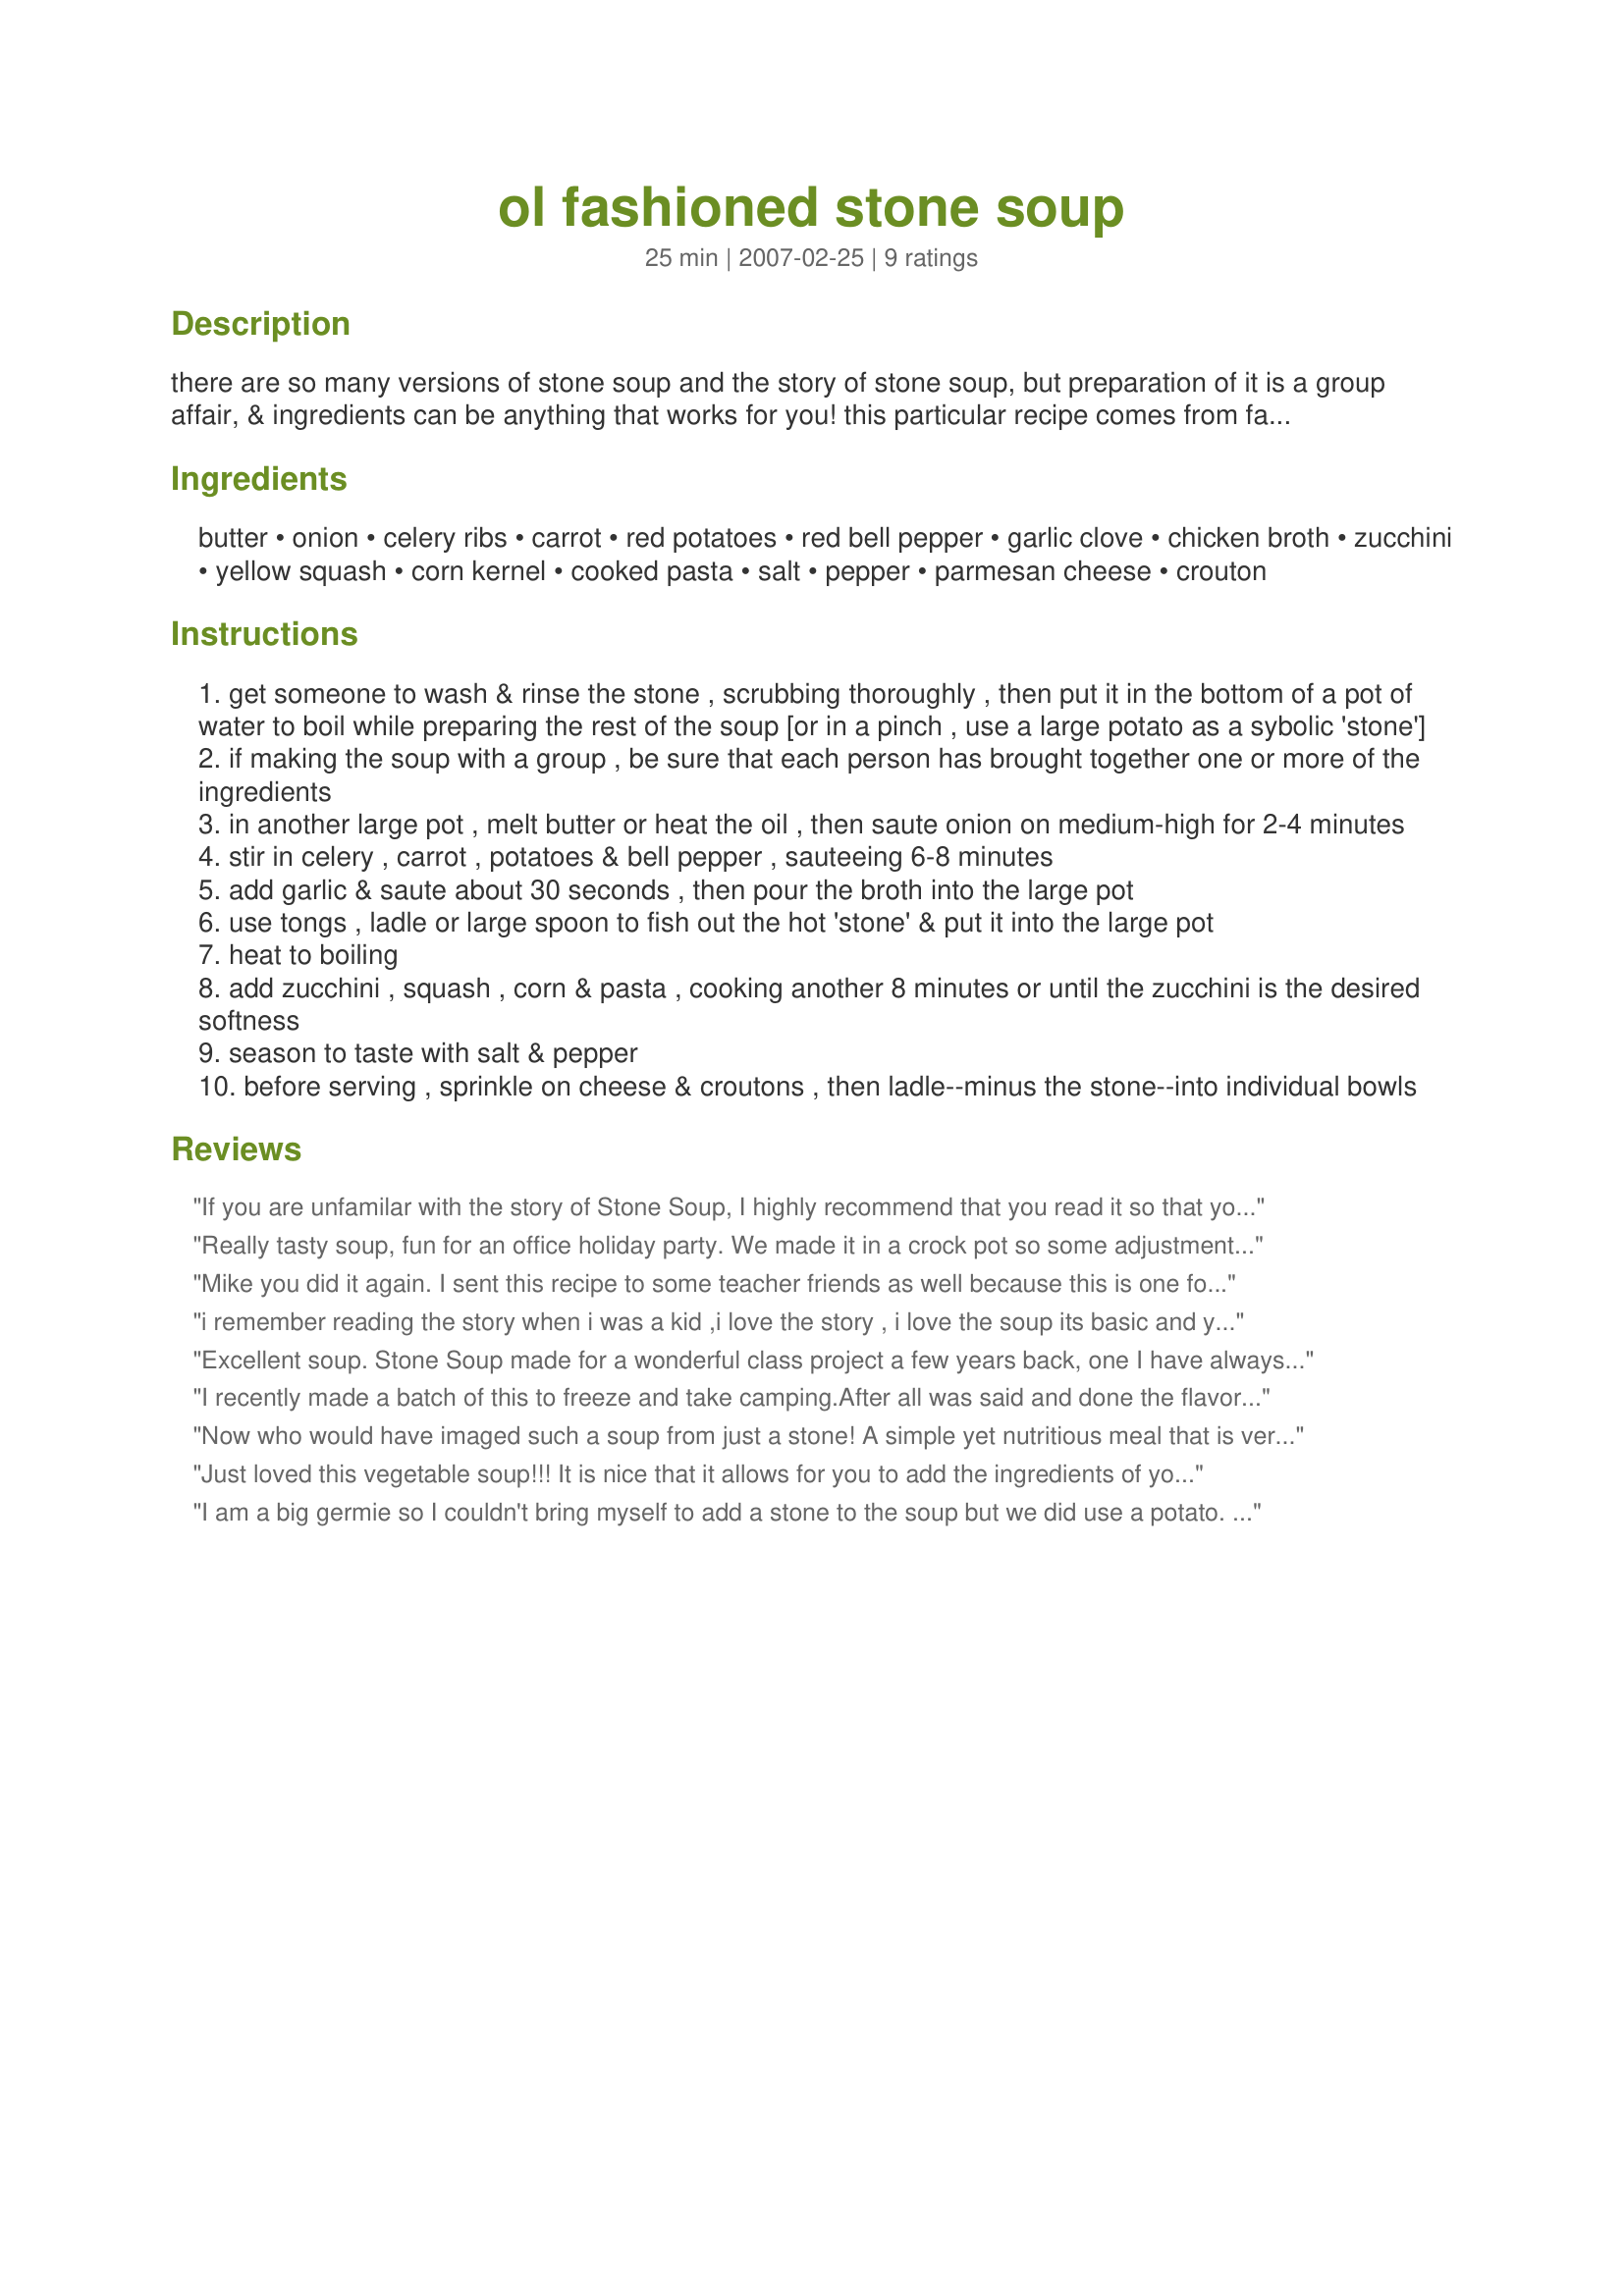
ol fashioned stone soup
Preparation time: 25 minutes

there are so many versions of stone soup and the story of stone soup, but preparation of it is a group affair, & ingredients can be anything that works for you! this particular recipe comes from familyfun.go.com, & it's a great group activity. two versions of the story can be found online, one at http://stonesoup.esd.ornl.gov & another one at www.thatsmyhome.com . reading the story to the group is part of it all! the first ingredient--which i'm unable to list properly--should be "1 large stone, preferrably quartz, because it won't break down during cooking."

Ingredients:
butter, onion, celery ribs, carrot, red potatoes, red bell pepper, garlic clove, chicken broth, zucchini, yellow squash, corn kernel, cooked pasta, salt, pepper, parmesan cheese, crouton

Steps:
get someone to wash & rinse the stone , scrubbing thoroughly , then put it in the bottom of a pot of water to boil while preparing the rest of the soup [or in a pinch , use a large potato as a sybolic 'stone']
if making the soup with a group , be sure that each person has brought together one or more of the ingredients
in another large pot , melt butter or heat the oil , then saute onion on medium-high for 2-4 minutes
stir in celery , carrot , potatoes & bell pepper , sauteeing 6-8 minutes
add garlic & saute about 30 seconds , then pour the broth into the large pot
use tongs , ladle or large spoon to fish out the hot 'stone' & put it into the large pot
heat to boiling
add zucchini , squash , corn & pasta , cooking another 8 minutes or until the zucchini is the desired softness
season to taste with salt & pepper
before serving , sprinkle on cheese & croutons , then ladle--minus the stone--into individual bowls

Reviews:
If you are unfamilar with the story of Stone Soup, I highly recommend that you read it so that you have a better understanding of the recipe. My coworkers and I made this for lunch today and it was a huge hit. I had roasted a chicken yesterday and had some leftovers so that got tossed into the pot as well along with juice from one lemon. Other than that we followed the recipe as is -- including the stone. This is a fabulous way to share food among family, friends and coworkers. It gets everyone involved and gives new meaning to "sharing".
Really tasty soup, fun for an office holiday party. We made it in a crock pot so some adjustments were required to saute some ingredients before adding to the cooker. We used vegetable broth to have a veggie option, but it would be great with chicken broth. Thanks!
Mike you did it again. I sent this recipe to some teacher friends as well because this is one fo the stories we read during Read Across America. Wonderful and fun to make. I did not use the stone but a large russet tater in it's place. They had some fantastic veggies at the market this week so my zuchinni and squash were perfect. Use wheat linguini pasta broken into approx. 2 in pieces instead of egg noodles. I bet this would be great with spinach noodles as well.
i remember reading the story when i was a kid ,i love the story , i love the soup its basic and you can use what you have , good tasting soup for being made with just a stone .
Excellent soup. Stone Soup made for a wonderful class project a few years back, one I have always wanted to make a home project. With the making of your recipe - the soup and 'the story' I suspect now a 'tradition in the making' at our house. Went with a potato for the symbolic stone and made as posted, the end result was soup that we enjoyed. Think the addition of chicken or turkey as previous reviewers added would work well with this recipe as would rice - making for a good many variations for this old fashioned soup. To round out the meal made Chef TotalFark's corn meal muffins using Recipe#203214. Thank you for sharing both the story and the recipe Sydney Mike!
I recently made a batch of this to freeze and take camping.After all was said and done the flavor of the soup was great but I over cooked the squash and the noodles.So next time I make this I will partially cook the pasta and vegetables before freezing.But it had great taste and I want to make it again.To my surprise the people next to us at the campsite had this for lunch and said it was great also...
Now who would have imaged such a soup from just a stone! A simple yet nutritious meal that is very tasty. I made two very minor changes in that I left out the croutons and added a little fresh rosemary as per the story there was a little in the house. Thanks for the tasty memory of a story I always enjoyed and can now remember often thanks to this tasty soup.
Just loved this vegetable soup!!! It is nice that it allows for you to add the ingredients of your choice, which I did, by adding in diced tomatoes and green beans, and left out red bell pepper, zucchini and squash. I too used the potato in place of the stone. The combination of vegetables/juices, makes this so flavorful. Thanks for sharing. Made for PRMR.
I am a big germie so I couldn't bring myself to add a stone to the soup but we did use a potato. I used green bell pepper instead of red, also omitted the corn and yellow squash. I didn't use the crutons but instead I made "recipe#50973" to go with the meal. With all that said DH said it was a nice dinner. To me it felt like something was missing, so for leftovers the next day I added 1/2 lb cooked ground turkey. This recipe is a great way to get your veggies. I will try it with rice instead of pasta next time.
